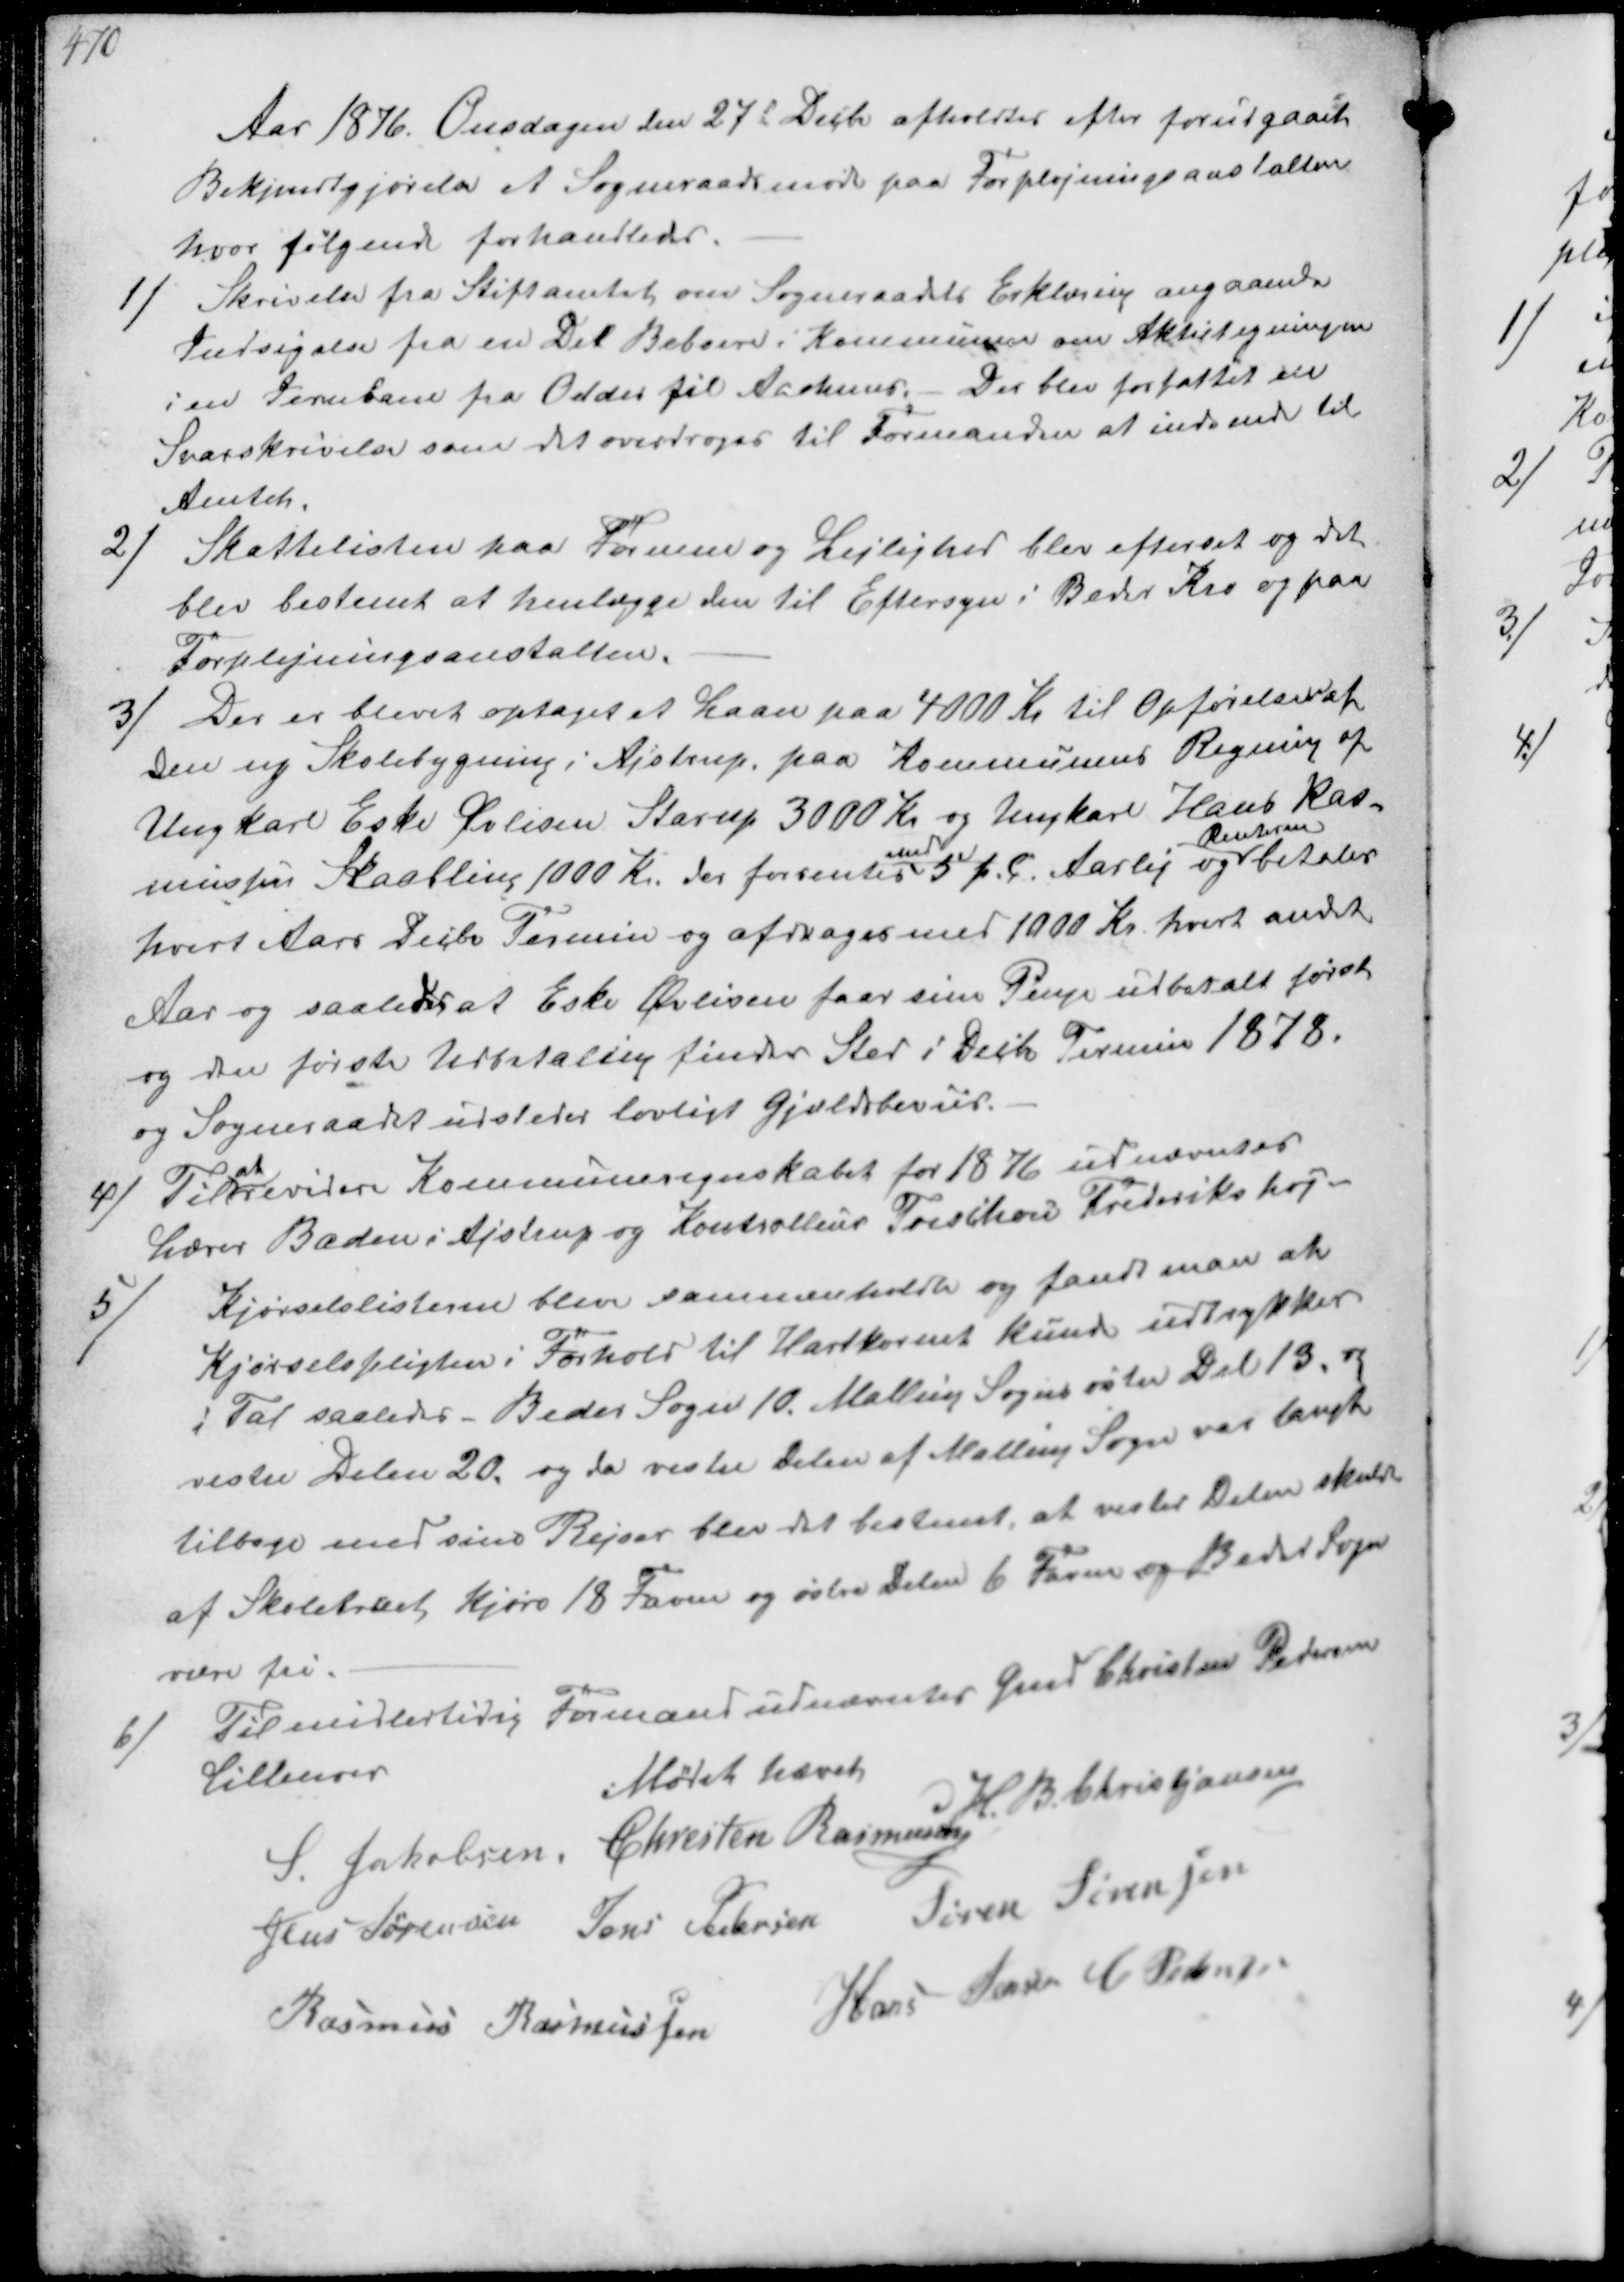
Transskription:
Aar 1876. Onsdagen den 27d Decb afholdtes efter forudgaaet
Bekjendtgjørelse et Sogneraadsmøde paa Forplejningsanstalten
hvor følgende forhandledes.
1/
Skrivelse fra Stiftamtet om Sogneraadets Erklæring angaaende
Indsigelse fra en Del Beboere i Kommunen om Aktietegningen
i en Jernbane fra Odder til Aarhuus. Der blev forfattet en
Svarskrivelse som det overdroges til Formanden at indsende til
Amtet.

2/
Skattelisten paa Formue og Lejlighed blev efterset og det
blev bestemt at henlægge den til Eftersyn i Beder Kro og paa
Forplejningsanstalten.

3/
Der er blevet optaget et Laan paa 4000 Kr til Opførelsen af
Den ny Skolebygning i Ajstrup paa Kommunens Regning af
Ungkarl Eske Øvlisen Starup 3000 Kr og Ungkarl Hans Ras-
mussen Skaabling 1000 Kr. der forrentes
med
5 p. c. Aarlig og
Renterne
betales.
hvert Aars Decbr Termin og afdrages med 1000 Kr hvert andet
Aar og saaledes at Eske Øvlisen faar sin Penge udbetalt først
og den første Udbetaling finder Sted i Decb Termin 1878
og Sogneraadet udsteder lovligt Gjældsbeviis.

4/ Til
at
revidere Kommuneregnskabet for 1876 udnævntes
Lærer Baden i Ajstrup og Kontrolleur Treschow Frederikshøj

5/
Kjørselslisterne blev sammenholdte og fandt man at
Kjørselspligten i Forhold til Hartkornet kunde udtrykkes
i Tal saaledes - Beder Sogn 10. Malting Sogns øster Del 13 og
vestre Delen 20, og da vestre delen af Malling Sogn var langt
tilbage med sine Rejser blev det bestemt, at vester Delen skulde
af Skoletræet Kjøre 18 Favne og østre delen 6 Favne og Beder Sogn
være fri.

6/
Til midlertidig Formand udnævntes Gmd Christen Petersen
Lillenoer
Mødet hævet
S. Jakobsen, Christen Rasmussen B. Christiansen
Jens Sørensen Jens Pedersen Søren Sørensen
Rasmus Rasmusen Hans Jensen C Pedersen